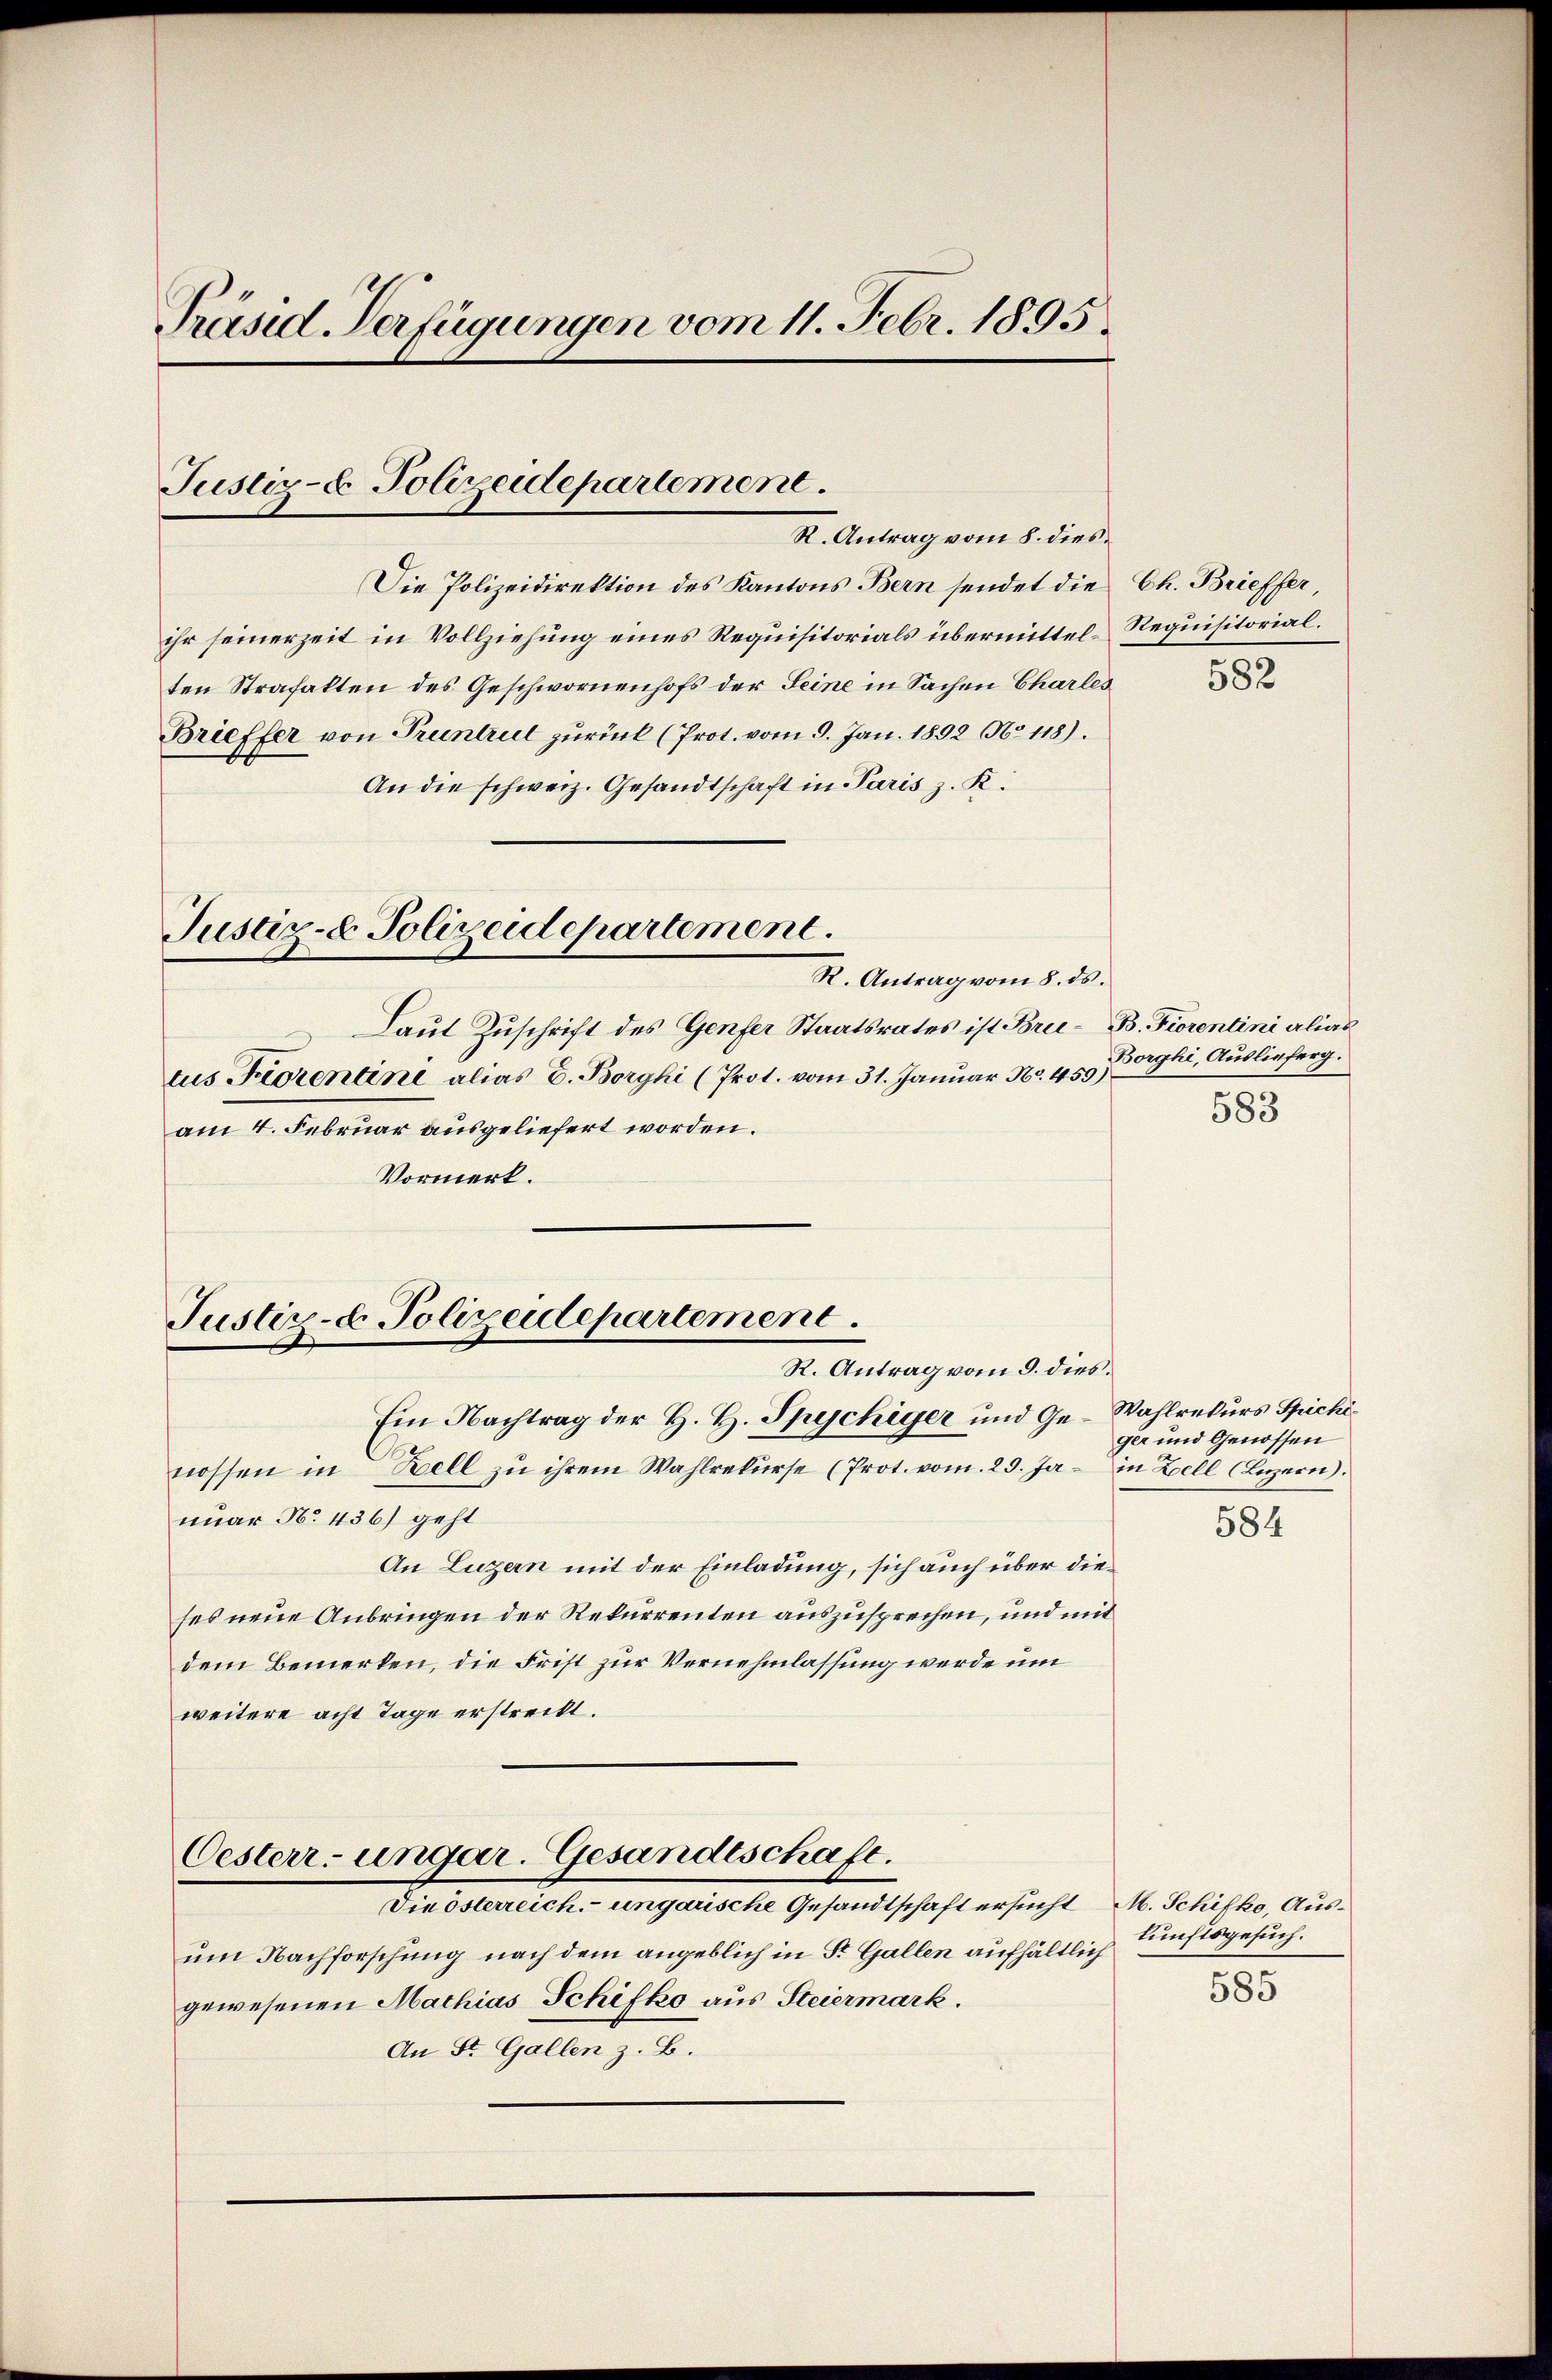
Präsid Verfügungen vom 11. Febr. 1895.
Justiz- & Polizeidepartement
R. Antrag vom 8. dies
Die Polizeidirektion des Kantons Bern sendet die

ihr seinerzeit in Vollziehung eines Requisitorials übermittel-Requisitorialten Strafakten des Geschwornenhofs der Seine in Sachen Charles
Brieffer von Pruntrul zurück (Prot. vom 9. Jan. 1892 No 118).
An die schweiz. Gesandtschaft in Paris z. K.
Justiz- & Polizeidepartement.
R. Antrag vom 8. ds.
Laut Zuschrift des Genfer Staatsrates ist Bru- B. Fiorentini alias
tus Fiorentine alias E. Borghi (Prot. vom 31. Januar No. 459)
am 4. Februar ausgeliefert worden.
Vormerk.

Justiz- & Polizeidepartement.
R. Antrag vom 9. dies

Ein Nachtrag der H. H. Spychiger und Ge-Wahlrekurs Spichinossen in Bell zu ihrem Wahlrekŭrse (Prot. vom 29. Ja - in Zell (Luzern).
nuar No. 436) geht
An Luzern mit der Einladung, sich auch über dieses neue Anbringen der Rekurrenten auszusprechen, und mit
dem Bemerken, die Frist zur Vernehmlassung werde um
weitere acht Tage erstreckt.
Oesterr-ungar. Gesandtschaft.
Dieselerliche ungenierte Gesandtschaft ersicht 24. Schichter, diese
um Nachforschung nach dem angeblich in St. Gallen aufhältlich
gewesenen Mathias Schifko aus Steiermark.
An St. Gallen z. B.

Ch. Brieffer

582

Borghi, Auslieferg.

583

ger und Genossen
584

kunftsgesuch.

585